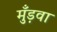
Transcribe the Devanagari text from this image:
मुँड़वा